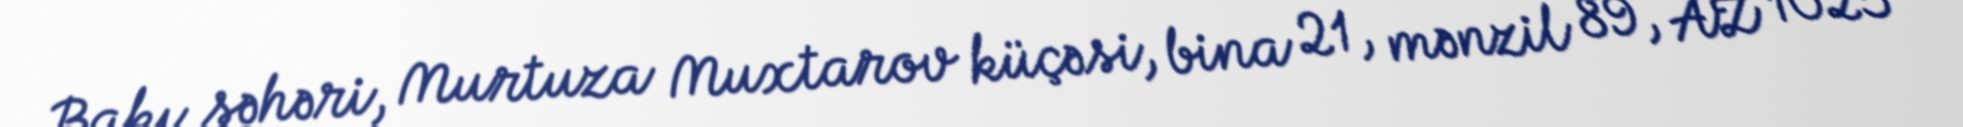
Bakı şəhəri, Murtuza Muxtarov küçəsi, bina 21, mənzil 89, AZ 1025